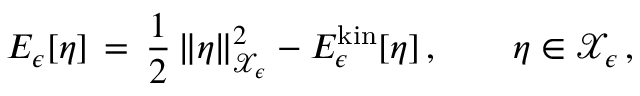
E _ { \epsilon } [ \eta ] \, = \, \frac 1 2 \, \| \eta \| _ { \mathcal { X } _ { \epsilon } } ^ { 2 } - E _ { \epsilon } ^ { \mathrm { k i n } } [ \eta ] \, , \qquad \eta \in \mathcal { X } _ { \epsilon } \, ,